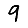
Digit: 9